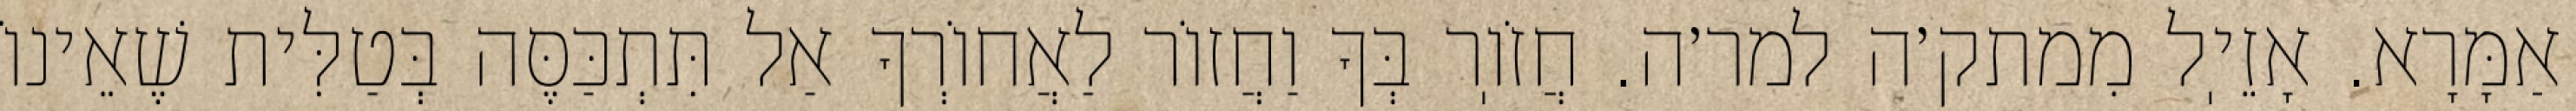
אַמָּרָא. אָזֵיֽל מִמתק׳ה למר׳ה. חֲזֹוֽר בְּךָ וַחֲזוֹר לַאֲחוֹרְךָ אַל תִּתְכַּסֶּה בְּטַלִּית שֶׁאֵינוֹ